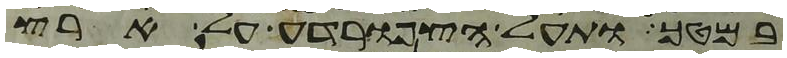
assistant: במטך ותעל הצפרדע על ארץ